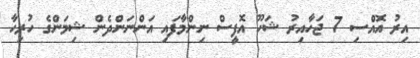
އިރު އޮއްސި 7 ޖަހާއިރު ޝަހޫ އޮފީސް ނިންމާފައި އަންނަންދެން ޝިމަންގެ ހުރިހާ